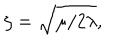
LaTeX: \zeta = \sqrt { \mu / 2 \lambda } ,